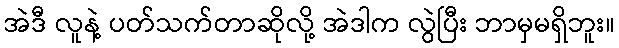
အဲဒီ လူနဲ့ ပတ်သက်တာဆိုလို့ အဲဒါက လွဲပြီး ဘာမှမရှိဘူး။